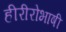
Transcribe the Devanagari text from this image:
हीरीरोभाषी